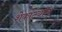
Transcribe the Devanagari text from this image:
शेकाटयांना